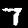
Label: 7